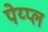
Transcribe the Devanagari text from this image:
पेय्प्ल